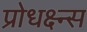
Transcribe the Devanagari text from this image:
प्रोधक्ष्न्स